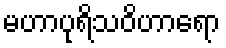
မဟာပုရိသဝိဟာရော